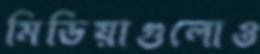
মিডিয়াগুলোও